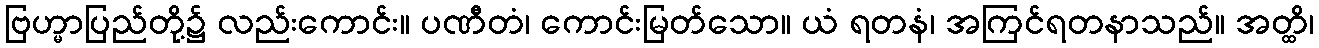
ဗြဟ္မာပြည်တို့၌ လည်းကောင်း။ ပဏီတံ၊ ကောင်းမြတ်သော။ ယံ ရတနံ၊ အကြင်ရတနာသည်။ အတ္ထိ၊